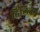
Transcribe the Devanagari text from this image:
ढिलिका